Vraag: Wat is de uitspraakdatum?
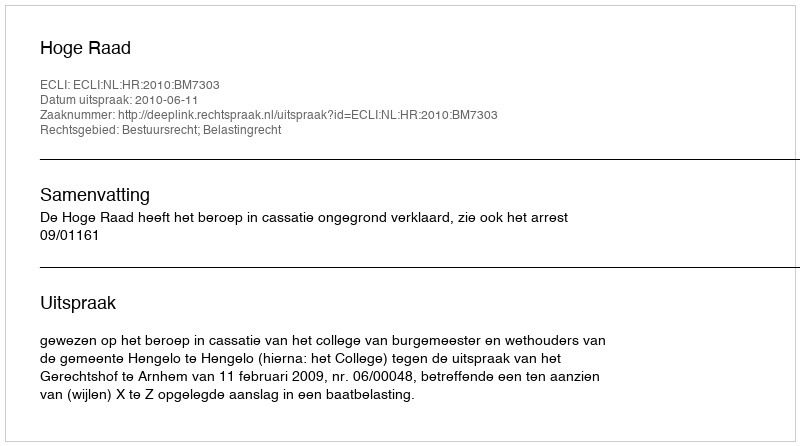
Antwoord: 2010-06-11